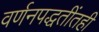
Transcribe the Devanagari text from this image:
वर्णनपद्धतींतही